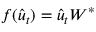
f ( \hat { u } _ { t } ) = \hat { u } _ { t } W ^ { * }